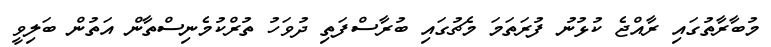
މުބާރާތުގައި ރާއްޖެ ކުޅުނު ފުރަތަމަ މެޗުގައި ބުރާސްފަތި ދުވަހު ތުރްކުމެނިސްތާން އަތުން ބަލިވީ